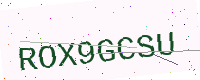
Text: ROX9GCSU